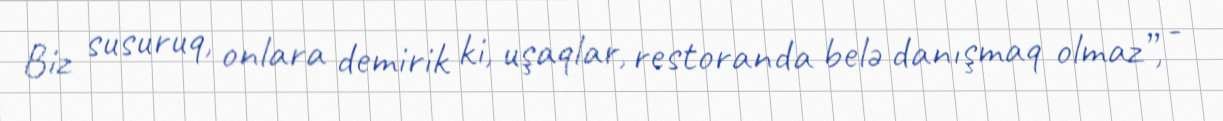
Biz susuruq, onlara demirik ki, uşaqlar, restoranda belə danışmaq olmaz”, -